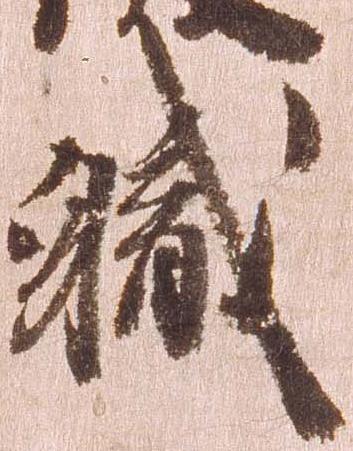
職